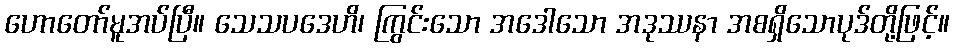
ဟောတော်မူအပ်ပြီ။ သေသပဒေဟိ၊ ကြွင်းသော အဒေါသော အဒုဿနာ အစရှိသောပုဒ်တို့ဖြင့်။